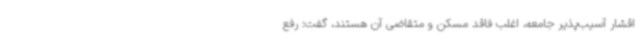
اقشار آسیب‌پذیر جامعه، اغلب فاقد مسکن و متقاضی آن هستند، گفت: رفع